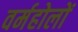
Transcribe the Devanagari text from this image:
वर्महोलों